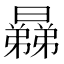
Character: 𣋥